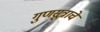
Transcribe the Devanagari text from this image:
गुणसूत्राचे